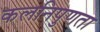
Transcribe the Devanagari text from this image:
कलनिपुणता